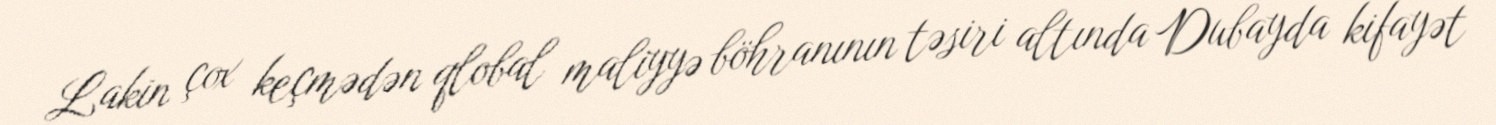
Lakin çox keçmədən qlobal maliyyə böhranının təsiri altında Dubayda kifayət